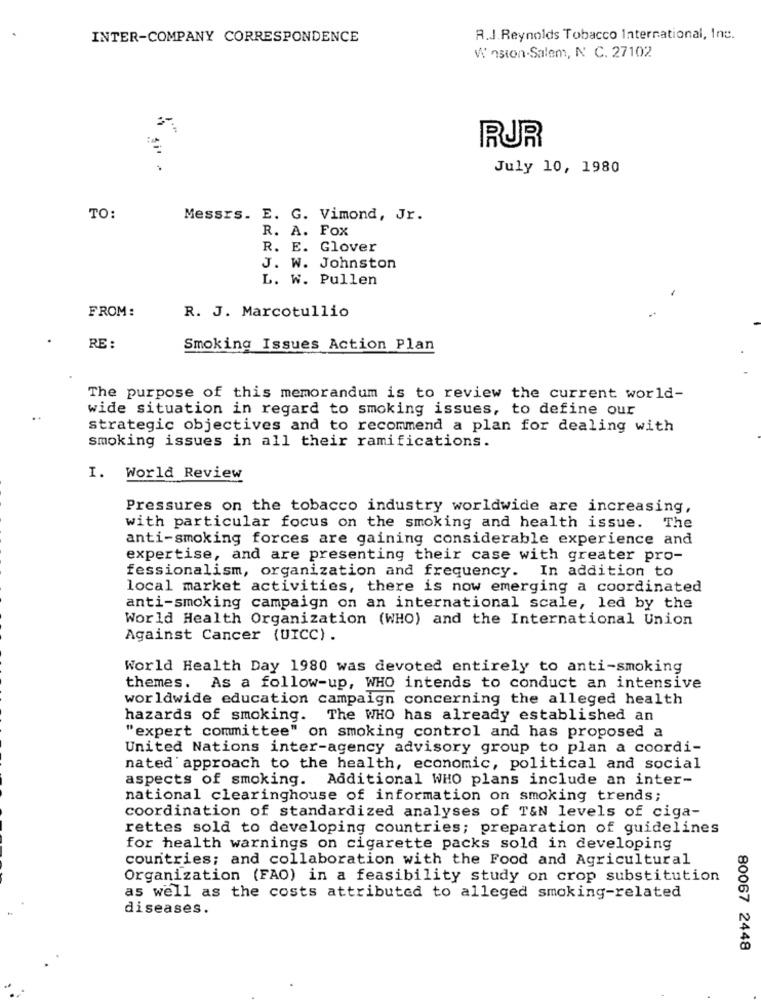
INTER-COMPANY CORRESPONDENCE
R.J.Reynolds Tobacco International, Inc.
Winston-Salem, Nº C. 27102
RUR
July 10, 1980
TO:
Messrs. E. G. Vimond, Jr.
R. A. FOX
R. E. Glover
J. W. Johnston
L. W. Pullen
FROM:
R. J. Marcotullio
RE :
Smoking Issues Action Plan
The purpose of this memorandum is to review the current world-
wide situation in regard to smoking issues, to define our
strategic objectives and to recommend a plan for dealing with
smoking issues in all their ramifications.
I. World Review
Pressures on the tobacco industry worldwide are increasing,
with particular focus on the smoking and health issue. The
anti-smoking forces are gaining considerable experience and
expertise, and are presenting their case with greater pro-
fessionalism, organization and frequency. In addition to
local market activities, there is now emerging a coordinated
anti-smoking campaign on an international scale, led by the
World Health Organization (WHO) and the International Union
Against Cancer (UICC) .
World Health Day 1980 was devoted entirely to anti-smoking
themes. As a follow-up, WHO intends to conduct an intensive
worldwide education campaign concerning the alleged health
hazards of smoking. The WHO has already established an
"expert committee" on smoking control and has proposed a
United Nations inter-agency advisory group to plan a coordi-
nated approach to the health, economic, political and social
aspects of smoking. Additional WHO plans include an inter-
national clearinghouse of information on smoking trends;
coordination of standardized analyses of T&N levels of ciga-
rettes sold to developing countries; preparation of guidelines
for health warnings on cigarette packs sold in developing
countries; and collaboration with the Food and Agricultural
Organization (FAO) in a feasibility study on crop substitution
as well as the costs attributed to alleged smoking-related
diseases.
80067 2448